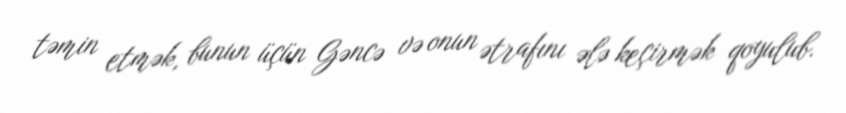
təmin etmək, bunun üçün Gəncə və onun ətrafını ələ keçirmək qoyulub.